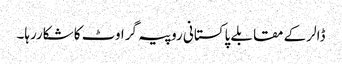
ڈالر کے مقابلے پاکستانی روپیہ گراوٹ کا شکاررہا۔